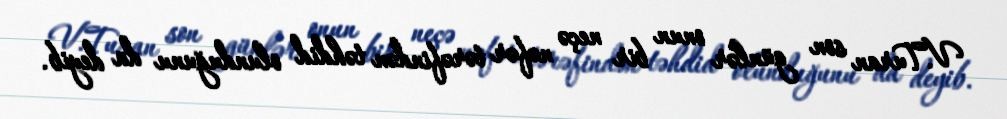
V.Turan son günlər onun bir neçə nəfər tərəfindən təhdid olunduğunu da deyib.